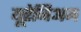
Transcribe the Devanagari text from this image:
यूरेनिअम